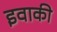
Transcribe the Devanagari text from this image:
इवाकी